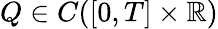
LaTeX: Q\in C([0,T]\times\mathbb{R})